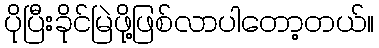
ပိုပြီးခိုင်မြဲဖို့ဖြစ်လာပါတော့တယ်။